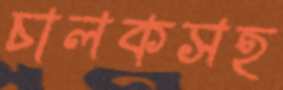
চালকসহ